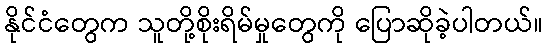
နိုင်ငံတွေက သူတို့စိုးရိမ်မှုတွေကို ပြောဆိုခဲ့ပါတယ်။